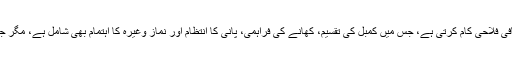
اربعین کے ایام میں اگرچہ اربعین فائونڈیشن پاکستان یہاں کافی فلاحی کام کرتی ہے، جس میں کمبل کی تقسیم، کھانے کی فراہمی، پانی کا انتظام اور نماز وغیرہ کا اہتمام بھی شامل ہے، مگر جس قدر لوگ ہوتے ہیں، اس قدر شائد ان کے وسائل نہیں ہیں۔